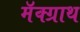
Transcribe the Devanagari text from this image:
मॅक्ग्राथ